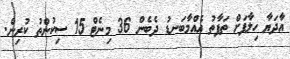
އާދަޔާ ހިލާފަށް ތަފާތު އެއްމާބަނޑު ދެބެން 36 މިނެޓް 15 ސިކުންތު ކުރިން.